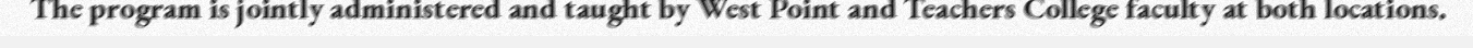
The program is jointly administered and taught by West Point and Teachers College faculty at both locations.